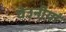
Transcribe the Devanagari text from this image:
घेउनीयां